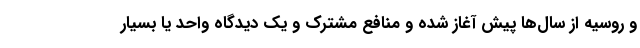
و روسیه از سال‌ها پیش آغاز شده و منافع مشترک و یک دیدگاه واحد یا بسیار